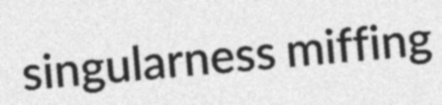
singularness miffing